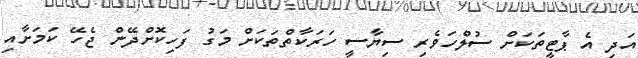
އަދި އެ ޕާޓީތަކަށް ސުލްހަވެރި ސިޔާސީ ހަރަކާތްތަކަށް މަގު ފަހިކޮށްދޭން ޖެހޭ ކަމަށާއި